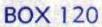
BOX 120